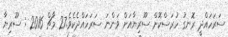
ސަރަހައްދީ ރޮނގު ހުރަސްކޮށް ސޫރިޔާއަށް ވަންނަ ސަރަހައްދެކެވެ.27 މާޗް 2016 : ސޫރިޔާ